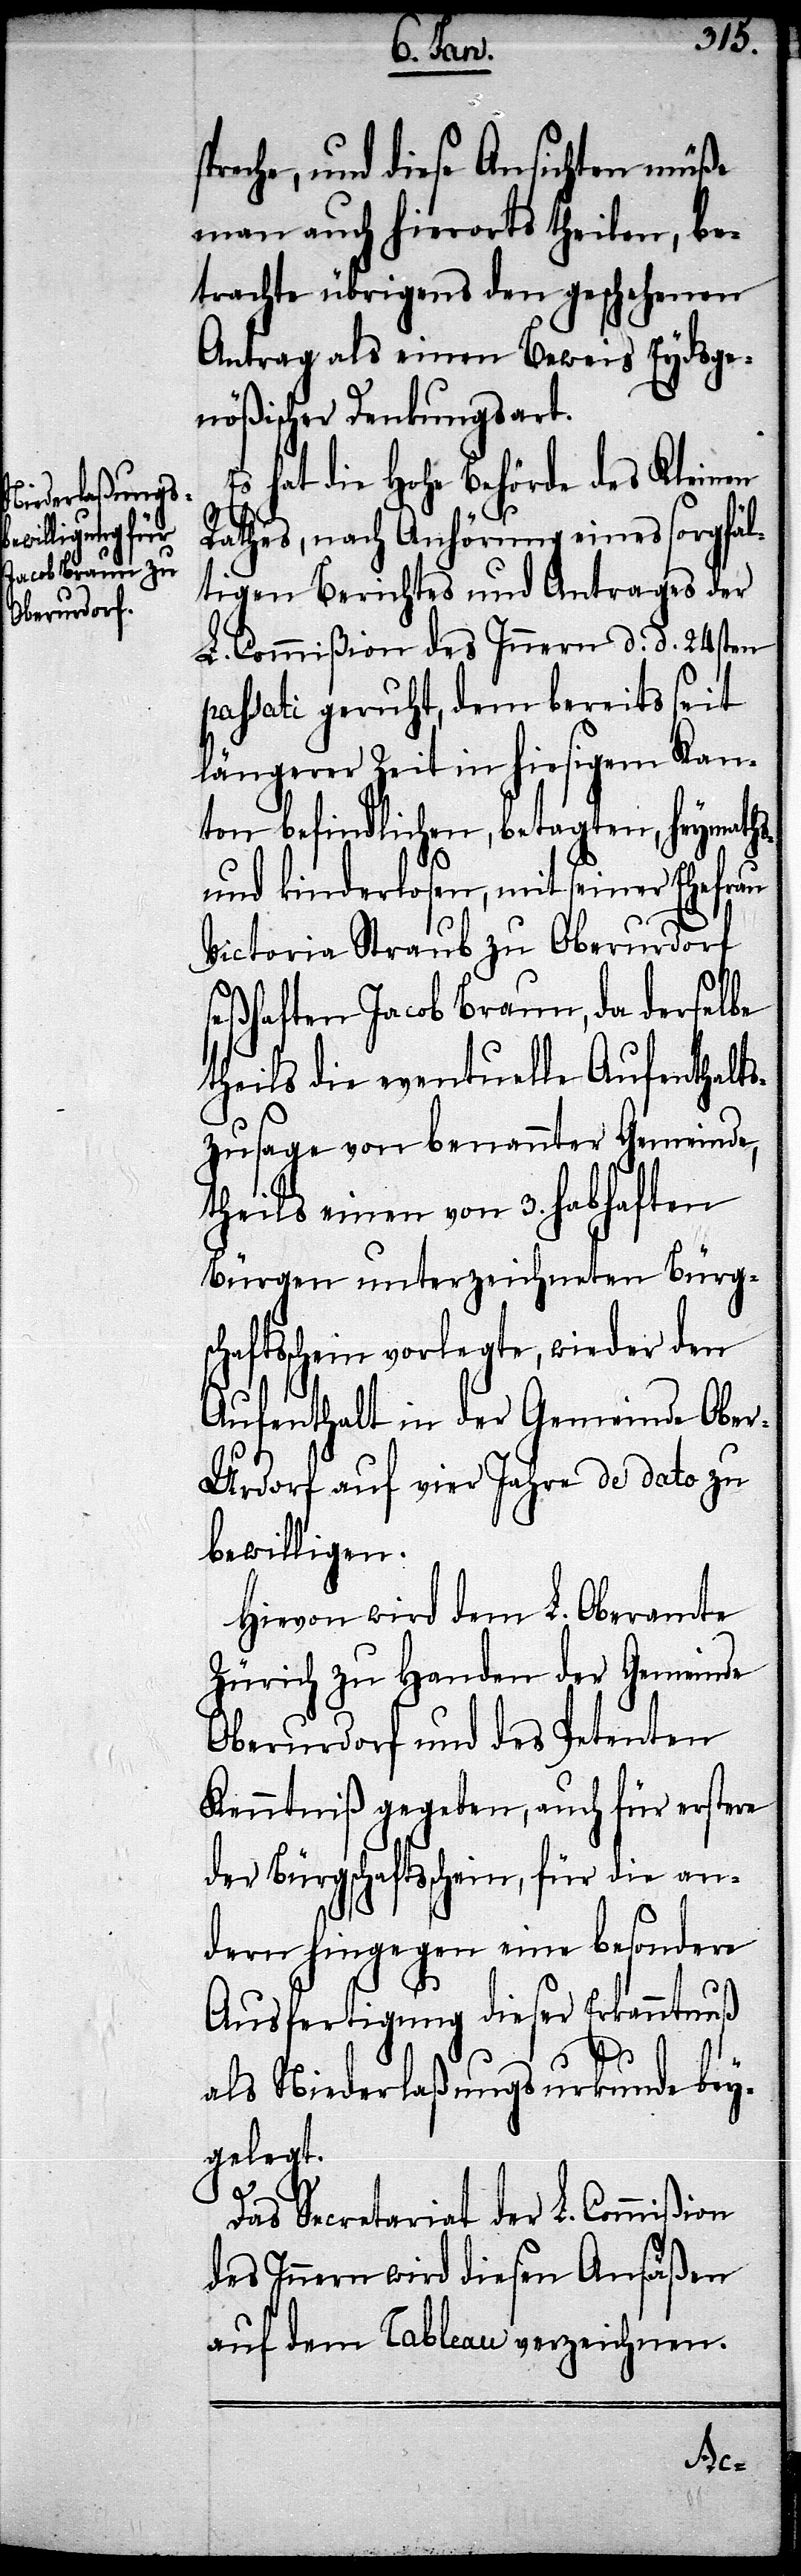
preche, und diese Ansichten müße
man auch hierorts theilen, be¬
trachte übrigens den geschehenen
Antrag als einen Beweis Eydsge¬
nößischer Denkungsart.
hat die Hohe Behörde des Kleinen
Rathes, nach Anhörung eines sorgfäl¬
tigen Berichtes und Antrages der
L. Commißion des Innern d. d. 24sten
passati geruht, dem bereits seit
längerer Zeit in hiesigem Kan¬
ton befindlichen, betagten, heymaths-
und kinderlosen, mit seiner Ehefrau
Victoria Straub zu Oberurdorf
seßhaften Jacob Braun, da derselbe
theils die eventuelle Aufenthalts¬
zusage von benannter Gemeinde,
theils einen von 3. habhaften
Bürgen unterzeichneten Bürg¬
ftsschein vorlegte, wieder den
Aufenthalt in der Gemeinde Obe¬
r-Urdorf auf vier Jahre de dato zu
bewilligen.
Hievon wird dem L. Oberamte
Zürich zu Handen der Gemeinde
Oberurdorf und des Petenten
Kenntniß gegeben, auch für erstern
der Bürgschaftsschein, für die an¬
dern hingegen eine besondere
Ausfertigung dieser Erkanntnuß
als Niederlaßungsurkunde bey¬
gelegt.
Das Secretariat der L. Commißion
des Innern wird diesen Ansäßen
auf dem Tableau verzeichnen.
scha¬